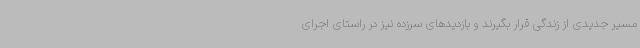
مسیر جدیدی از زندگی قرار بگیرند و بازدیدهای سرزده نیز در راستای اجرای